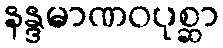
နန္ဒမာဏဝပုစ္ဆာ